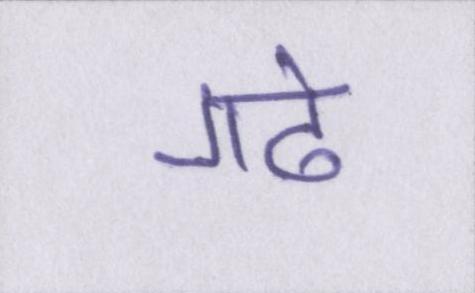
गढे